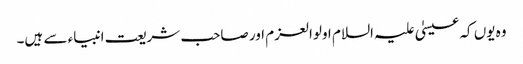
وہ یوں کہ عیسیٰ علیہ السلام اولوالعزم اور صاحب شریعت انبیاء سے ہیں۔